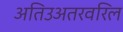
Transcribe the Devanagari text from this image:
अतिउअतरवरिल